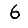
Digit: 6